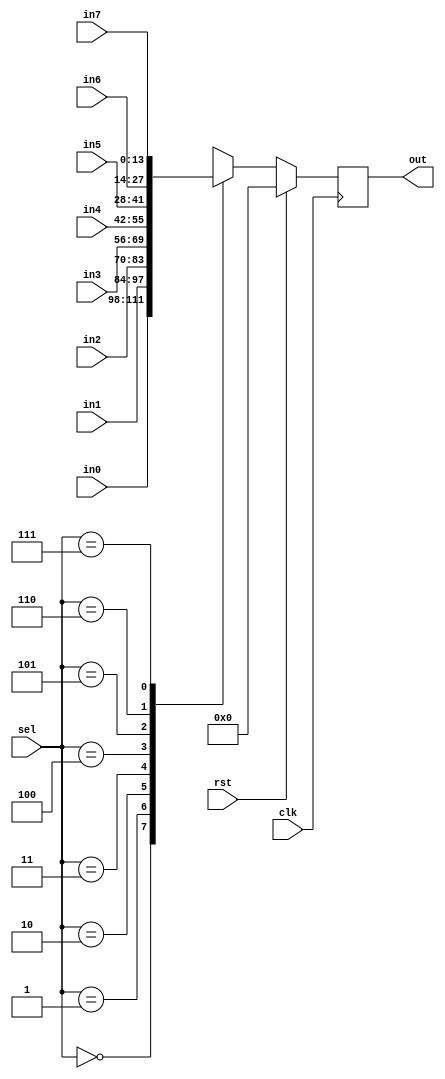
module muxer_reg3 #(
   parameter     RES = 14 
)
(
   // input
   input                 clk,rst,
   input      [  3-1: 0] sel,             // Select wire 0-7
   input      [RES-1: 0] in0,
   input      [RES-1: 0] in1,
   input      [RES-1: 0] in2,
   input      [RES-1: 0] in3,
   input      [RES-1: 0] in4,
   input      [RES-1: 0] in5,
   input      [RES-1: 0] in6,
   input      [RES-1: 0] in7,

   // output
   output reg [RES-1: 0] out                // output data
);


// switch
always @(posedge clk)
   if (rst)
      out      <=  3'b0; 
   else
      case (sel)
         3'd00   :  out  <= in0  ;
         3'd01   :  out  <= in1  ;
         3'd02   :  out  <= in2  ;
         3'd03   :  out  <= in3  ;
         3'd04   :  out  <= in4  ;
         3'd05   :  out  <= in5  ;
         3'd06   :  out  <= in6  ;
         3'd07   :  out  <= in7  ;
         default :  out  <= 3'b0 ; 
      endcase ;
   
 


endmodule

/*
muxer_reg3  #( .RES ( 14 ) ) i_muxer_reg3_NOMBRE (
    // input
   .clk(clk),.rst(rst),    .sel (  sel  ), // select cable
    .in0  ( 14'b0 ), // in0 
    .in1  ( 14'b0 ), // in1 
    .in2  ( 14'b0 ), // in2 
    .in3  ( 14'b0 ), // in3 
    .in4  ( 14'b0 ), // in4 
    .in5  ( 14'b0 ), // in5 
    .in6  ( 14'b0 ), // in6 
    .in7  ( 14'b0 ), // in7 
    // output
    .out ( out   )
);
*/